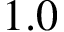
1 . 0